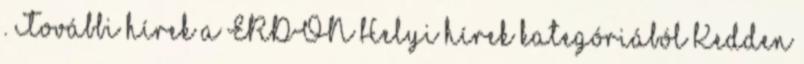
. További hírek a ERDON Helyi hírek kategóriából Kedden